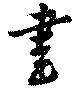
書